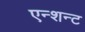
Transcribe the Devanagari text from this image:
एन्शन्ट